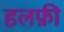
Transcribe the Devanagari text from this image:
हलफ़ी